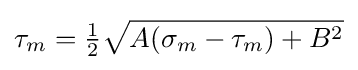
\tau _{m}={\tfrac {1}{2}}{\sqrt {A(\sigma _{m}-\tau _{m})+B^{2}}}